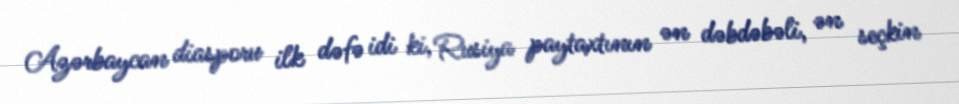
Azərbaycan diasporu ilk dəfə idi ki, Rusiya paytaxtının ən dəbdəbəli, ən seçkin